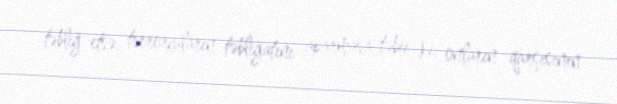
təbliğ etsə, terrorçuların təbliğatını aparmasa, təbii ki, onların qarşısının